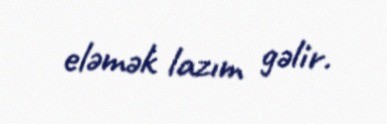
eləmək lazım gəlir.